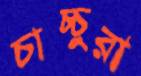
চাচ্চুরা